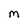
Character: m